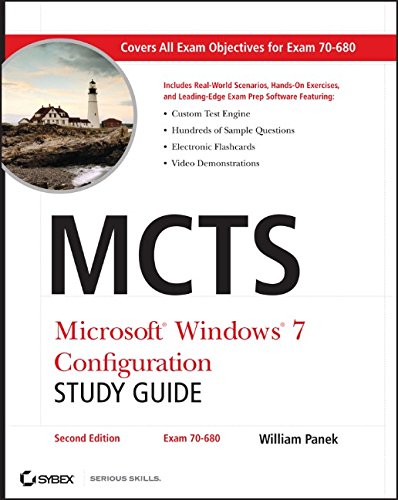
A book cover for MCTS Microsoft Windows 7 Configuration Study Guide, Study Guide: Exam 70-680; William Panek; Computers & Technology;